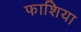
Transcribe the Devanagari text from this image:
फाशिया